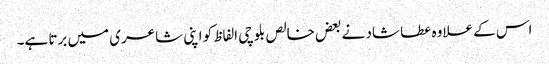
اس کے علاوہ عطا شاد نے بعض خالص بلوچی الفاظ کو اپنی شاعری میں برتا ہے۔